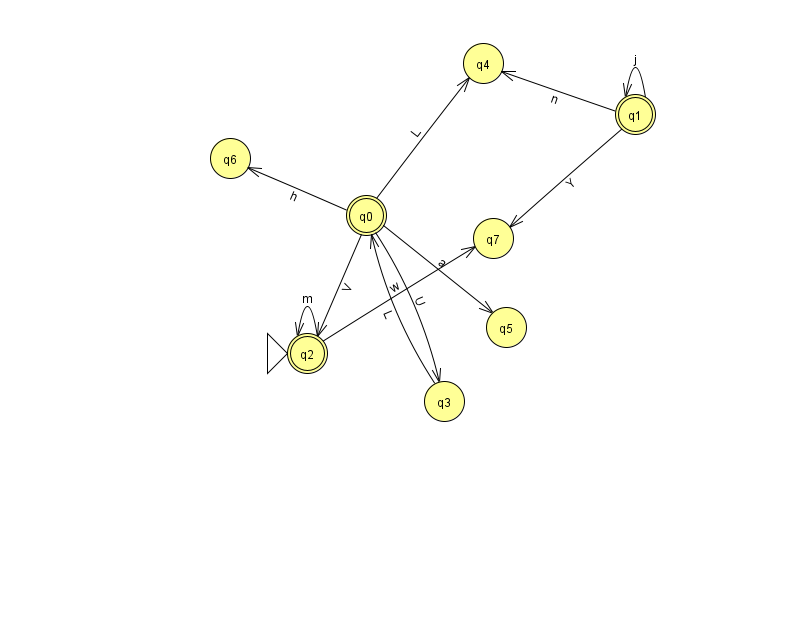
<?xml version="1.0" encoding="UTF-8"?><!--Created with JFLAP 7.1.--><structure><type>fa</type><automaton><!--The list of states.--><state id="0" name="q0"><x>366.0</x><y>202.0</y><final/></state><state id="1" name="q1"><x>635.0</x><y>101.0</y><final/></state><state id="2" name="q2"><x>307.0</x><y>340.0</y><initial/><final/></state><state id="3" name="q3"><x>444.0</x><y>388.0</y></state><state id="4" name="q4"><x>483.0</x><y>50.0</y></state><state id="5" name="q5"><x>506.0</x><y>314.0</y></state><state id="6" name="q6"><x>230.0</x><y>145.0</y></state><state id="7" name="q7"><x>493.0</x><y>225.0</y></state><!--The list of transitions.--><transition><from>3</from><to>0</to><read>L</read></transition><transition><from>0</from><to>2</to><read>V</read></transition><transition><from>0</from><to>6</to><read>h</read></transition><transition><from>0</from><to>4</to><read>L</read></transition><transition><from>0</from><to>3</to><read>U</read></transition><transition><from>1</from><to>1</to><read>j</read></transition><transition><from>1</from><to>7</to><read>Y</read></transition><transition><from>2</from><to>7</to><read>w</read></transition><transition><from>1</from><to>4</to><read>n</read></transition><transition><from>2</from><to>2</to><read>m</read></transition><transition><from>0</from><to>5</to><read>a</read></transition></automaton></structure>